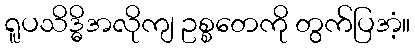
ရူပသိဒ္ဓိအလိုကျ ဥစ္စတေကို တွက်ပြအံ့။